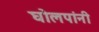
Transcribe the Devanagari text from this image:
घोलपांनी